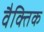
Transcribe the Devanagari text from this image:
वैक्तिक